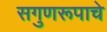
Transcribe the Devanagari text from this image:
सगुणरूपाचे